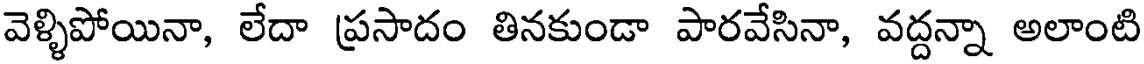
వెళ్ళిపోయినా, లేదా ప్రసాదం తినకుండా పారవేసినా, వద్దన్నా అలాంటి